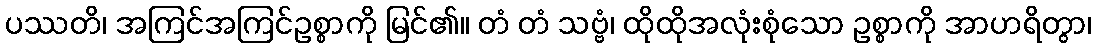
ပဿတိ၊ အကြင်အကြင်ဥစ္စာကို မြင်၏။ တံ တံ သဗ္ဗံ၊ ထိုထိုအလုံးစုံသော ဥစ္စာကို အာဟရိတွာ၊